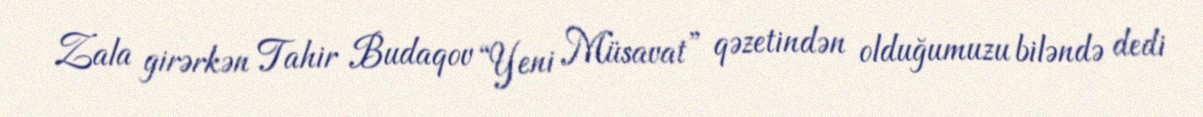
Zala girərkən Tahir Budaqov “Yeni Müsavat” qəzetindən olduğumuzu biləndə dedi